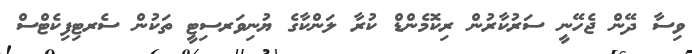
ވިސާ ދޭން ޖެހޭނީ ސަރުކާރުން ރިކޮމެންޑް ކުރާ ލަންކާގެ ޔުނިވަރސިޓީ ތަކުން ސެރޓިފިކެޓްސް